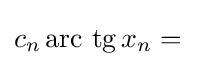
{\textstyle c_{n}\operatorname {arc\ tg} x_{n}={}}